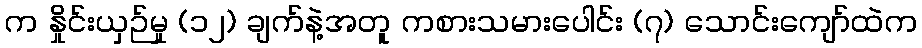
က နှိုင်းယှဉ်မှု (၁၂) ချက်နဲ့အတူ ကစားသမားပေါင်း (၇) သောင်းကျော်ထဲက